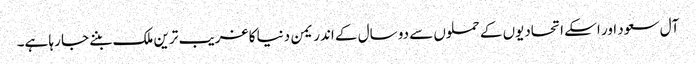
آل سعود اور اسکے اتحادیوں کے حملوں سے دو سال کے اندر یمن دنیا کا غریب ترین ملک بننے جا رہا ہے۔